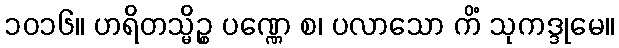
၁၀၁၆။ ဟရိတသ္မိဉ္စ ပဏ္ဏေ စ၊ ပလာသော ကိံ သုကဒ္ဒုမေ။